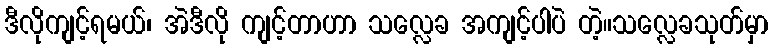
ဒီလိုကျင့်ရမယ်၊ အဲဒီလို ကျင့်တာဟာ သလ္လေခ အကျင့်ပါပဲ တဲ့။သလ္လေခသုတ်မှာ